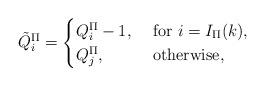
LaTeX: \begin{align*}\tilde{Q}^{\Pi}_i=\begin{cases}Q^{\Pi}_i-1, &\mbox{ for }i=I_{\Pi}(k),\\Q^{\Pi}_j,&\mbox{ otherwise, }\end{cases}\end{align*}